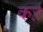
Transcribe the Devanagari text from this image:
कऱ